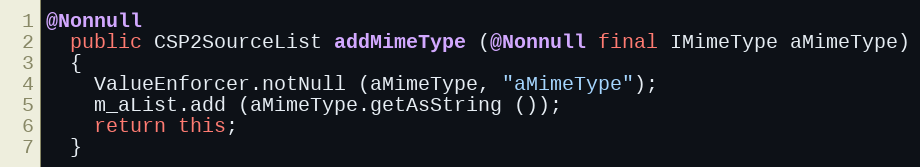
Language: Java
@Nonnull
  public CSP2SourceList addMimeType (@Nonnull final IMimeType aMimeType)
  {
    ValueEnforcer.notNull (aMimeType, "aMimeType");
    m_aList.add (aMimeType.getAsString ());
    return this;
  }